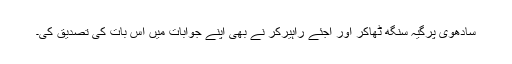
سادھوی پرگیہ سنگھ ٹھاکر اور اجئے راہیرکر نے بھی اپنے جوابات میں اس بات کی تصدیق کی۔